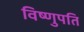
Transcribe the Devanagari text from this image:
विष्णुपति